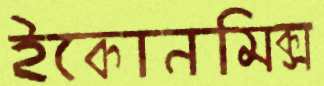
ইকোনমিক্স